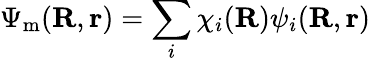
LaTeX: \Psi_{\mathrm{m}}(\textbf{R},\textbf{r})=\sum_{i}\chi_{i}(\textbf{R})\psi_{i}(\textbf{R},\textbf{r})